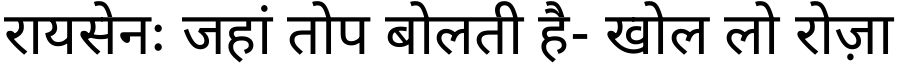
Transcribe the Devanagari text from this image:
रायसेनः जहां तोप बोलती है- खोल लो रोज़ा